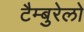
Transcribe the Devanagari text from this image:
टैम्बुरेलो